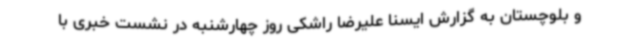
و بلوچستان به گزارش ایسنا علیرضا راشکی روز چهارشنبه در نشست خبری با